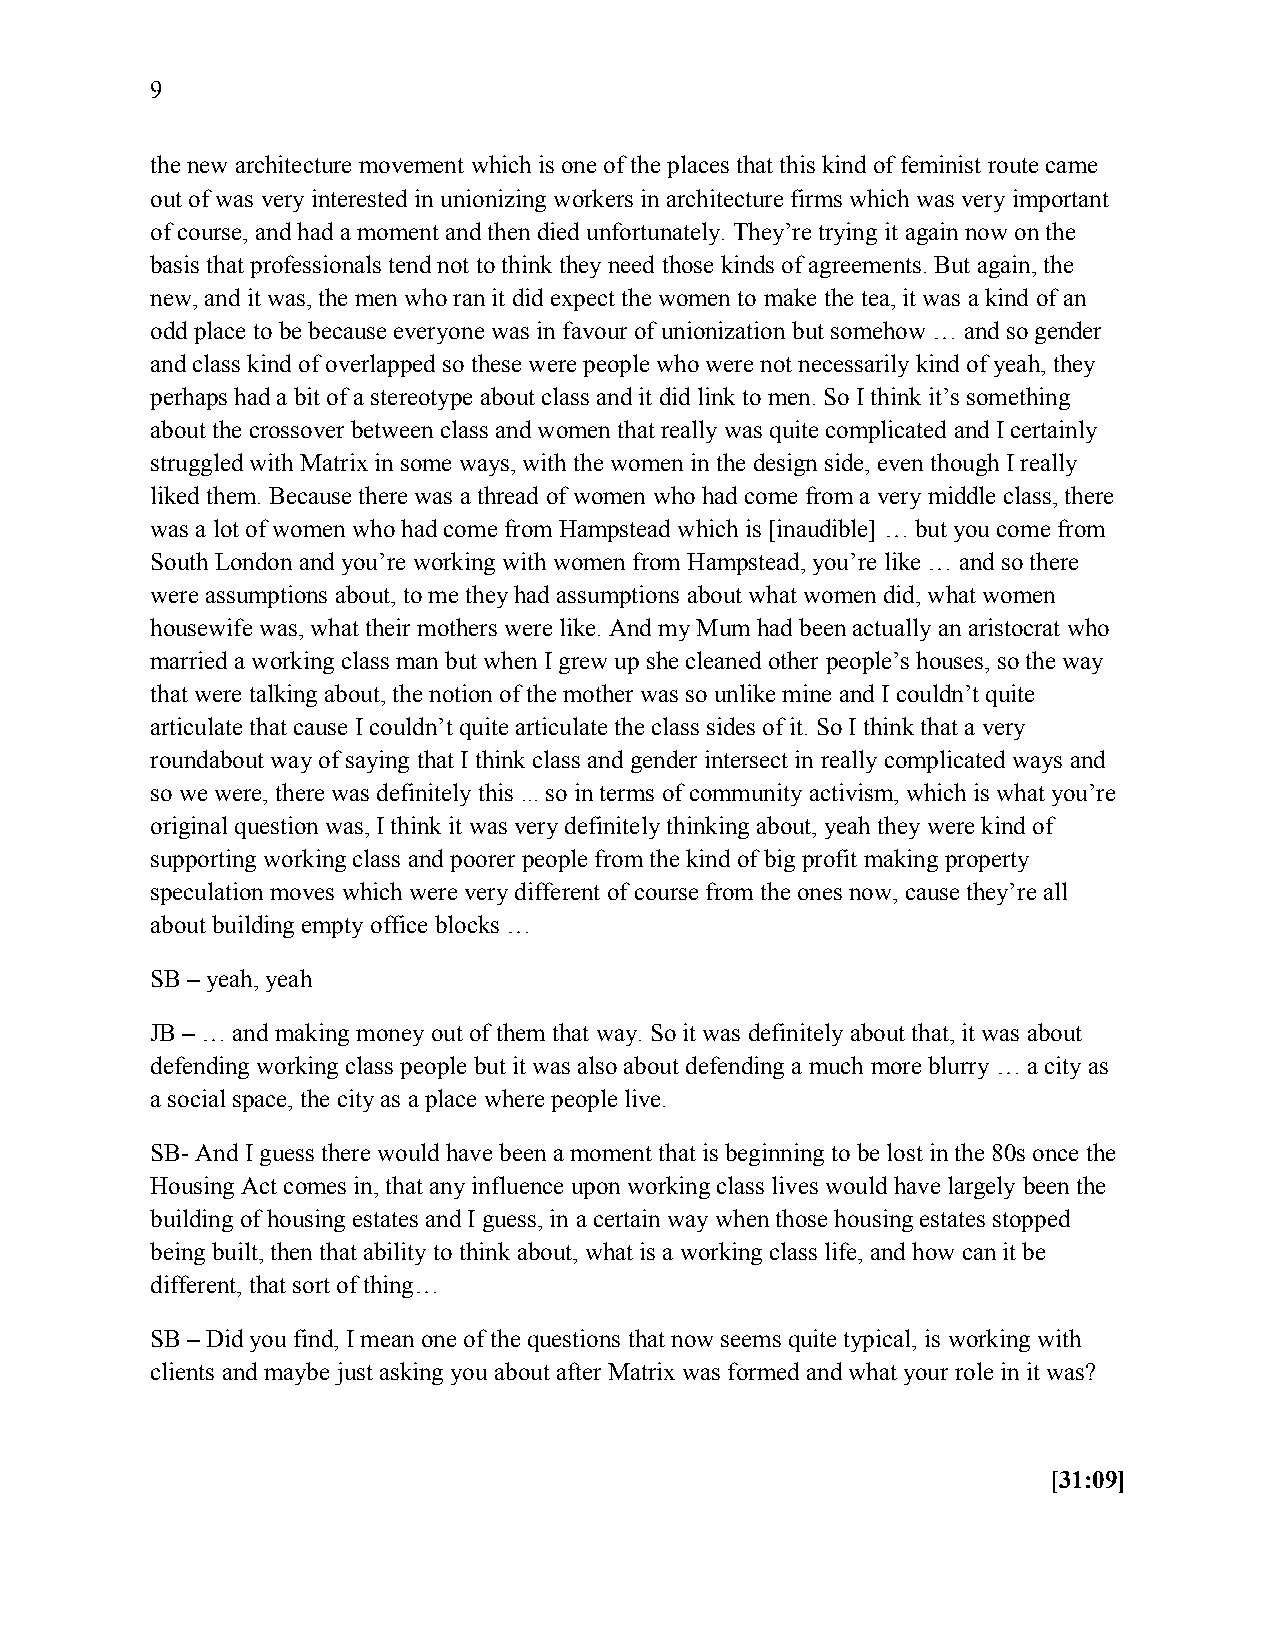
9
 the new architecture movement which is one of the places that this kind of feminist route came
 out of was very interested in unionizing workers in architecture firms which was very important
 of course, and had a moment and then died unfortunately. They’re trying it again now on the
 basis that professionals tend not to think they need those kinds of agreements. But again, the
 new, and it was, the men who ran it did expect the women to make the tea, it was a kind of an
 odd place to be because everyone was in favour of unionization but somehow … and so gender
 and class kind of overlapped so these were people who were not necessarily kind of yeah, they
 perhaps had a bit of a stereotype about class and it did link to men. So I think it’s something
 about the crossover between class and women that really was quite complicated and I certainly
 struggled with Matrix in some ways, with the women in the design side, even though I really
 liked them. Because there was a thread of women who had come from a very middle class, there
 was a lot of women who had come from Hampstead which is [inaudible] … but you come from
 South London and you’re working with women from Hampstead, you’re like … and so there
 were assumptions about, to me they had assumptions about what women did, what women
 housewife was, what their mothers were like. And my Mum had been actually an aristocrat who
 married a working class man but when I grew up she cleaned other people’s houses, so the way
 that were talking about, the notion of the mother was so unlike mine and I couldn’t quite
 articulate that cause I couldn’t quite articulate the class sides of it. So I think that a very
 roundabout way of saying that I think class and gender intersect in really complicated ways and
 so we were, there was definitely this ... so in terms of community activism, which is what you’re
 original question was, I think it was very definitely thinking about, yeah they were kind of
 supporting working class and poorer people from the kind of big profit making property
 speculation moves which were very different of course from the ones now, cause they’re all
 about building empty office blocks …
 SB – yeah, yeah
 JB – … and making money out of them that way. So it was definitely about that, it was about
 defending working class people but it was also about defending a much more blurry … a city as
 a social space, the city as a place where people live.
 SB- And I guess there would have been a moment that is beginning to be lost in the 80s once the
 Housing Act comes in, that any influence upon working class lives would have largely been the
 building of housing estates and I guess, in a certain way when those housing estates stopped
 being built, then that ability to think about, what is a working class life, and how can it be
 different, that sort of thing…
 SB – Did you find, I mean one of the questions that now seems quite typical, is working with
 clients and maybe just asking you about after Matrix was formed and what your role in it was?
 [31:09]